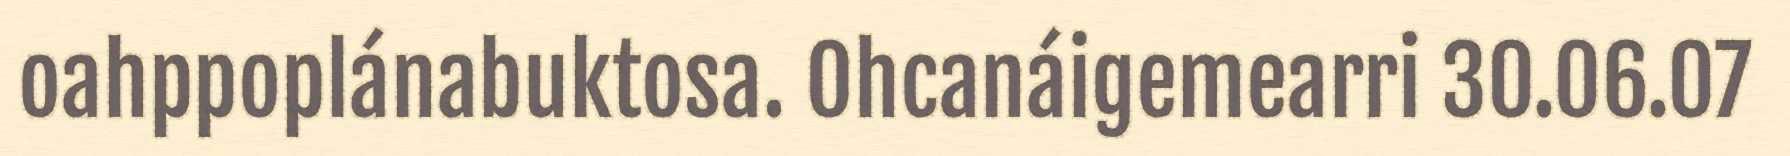
oahppoplánabuktosa. Ohcanáigemearri 30.06.07